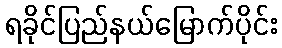
ရခိုင်ပြည်နယ်မြောက်ပိုင်း